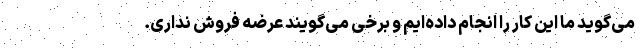
می‌گوید ما این کار را انجام داده‌ایم و برخی می‌گویند عرضه فروش نداری.